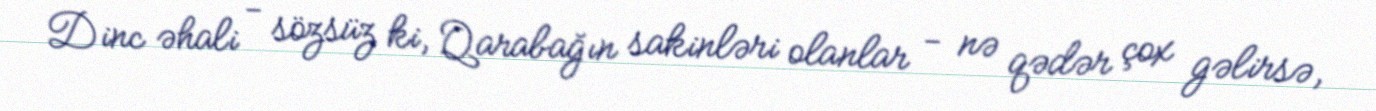
Dinc əhali - sözsüz ki, Qarabağın sakinləri olanlar - nə qədər çox gəlirsə,